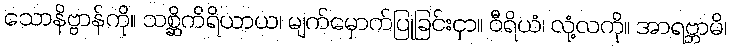
သောနိဗ္ဗာန်ကို။ သစ္ဆိကိရိယာယ၊ မျက်မှောက်ပြုခြင်းငှာ။ ဝီရိယံ၊ လုံ့လကို။ အာရဗ္ဘာမိ၊